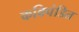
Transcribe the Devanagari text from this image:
कविपंडित